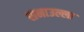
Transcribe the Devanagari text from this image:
सनाउल्ला